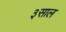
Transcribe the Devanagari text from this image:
३साल